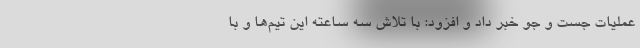
عملیات جست و جو خبر داد و افزود: با تلاش سه ساعته این تیم‌ها و با